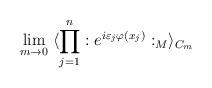
LaTeX: \begin{align*}\lim_{m \rightarrow 0} \;\langle \prod_{j=1}^{n} : e^{i\varepsilon_j \varphi(x_j)} :_M \rangle_{C_{m}}\end{align*}